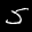
Label: 5